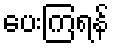
ပေးကြရန်